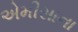
એમીસાના